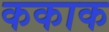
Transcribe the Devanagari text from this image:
ककाक